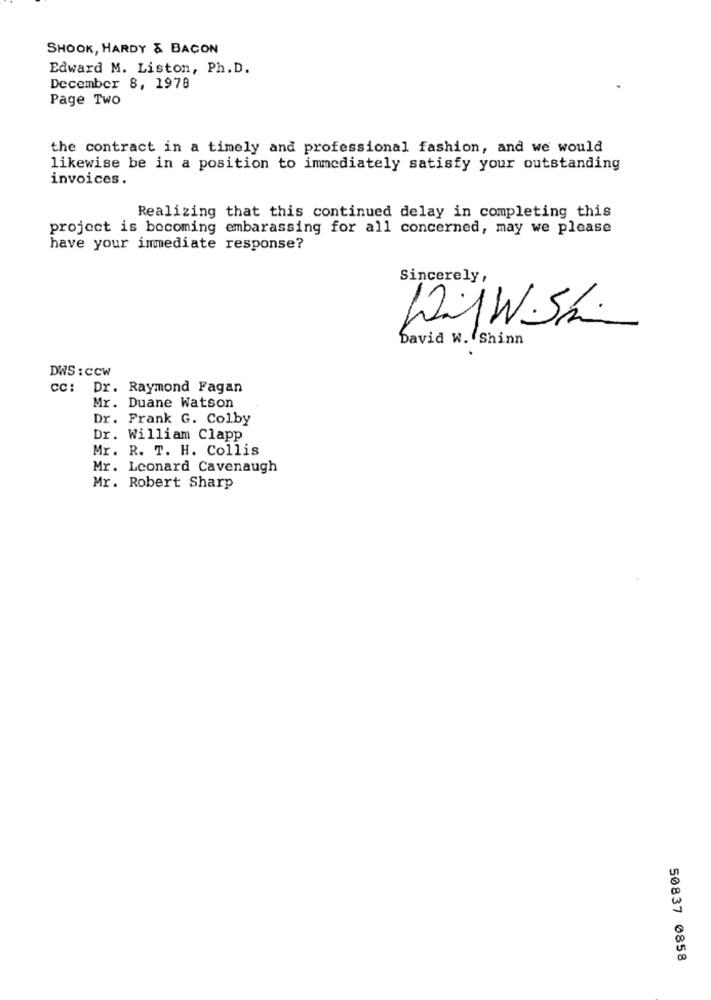
SHOOK, HARDY & BACON
Edward M. Liston, Ph. D.
December 8, 1978
Page Two
the contract in a timely and professional fashion, and we would
likewise be in a position to immediately satisfy your outstanding
invoices.
Realizing that this continued delay in completing this
project is becoming embarassing for all concerned, may we please
have your immediate response?
Sincerely,
WijW Sh.
David W. Shinn
DWS : CCw
CC: Dr. Raymond Fagan
Mr. Duane Watson
Dr. Frank G. Colby
Dr. William Clapp
Mr. R. T. H. Collis
Mr. Leonard Cavenaugh
Mr. Robert Sharp
50837 0858